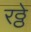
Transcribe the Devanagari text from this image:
रठ्ठे